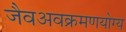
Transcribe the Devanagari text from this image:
जैवअवक्रमणयोग्य